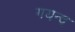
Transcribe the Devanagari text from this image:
गयन्द